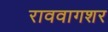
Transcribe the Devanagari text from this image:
राववागशर